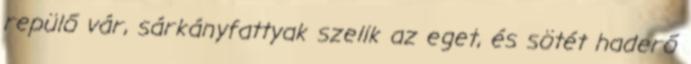
repülő vár, sárkányfattyak szelik az eget, és sötét haderő